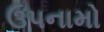
ઉપનામો